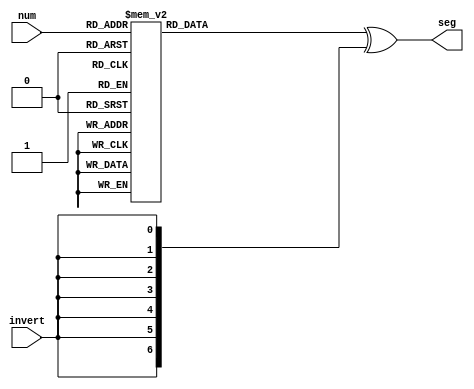
// converting a number (or letter) to a 7-segment code 
// Pmods need code to be inverted
module convert_7seg(num, seg, invert);
    input [4:0] num;
    reg [6:0] code;
    output reg [6:0] seg;
    input invert;
    always @(*)
        begin
            case (num)
                0: code = 7'b0000001; 
                1: code = 7'b1001111;
                2: code = 7'b0010010;
                3: code = 7'b0000110;
                4: code = 7'b1001100;
                5: code = 7'b0100100;
                6: code = 7'b0100000;
                7: code = 7'b0001111;
                8: code = 7'b0000000;
                9: code = 7'b0000100;
                10: code = 7'b1000111; //J
                12: code = 7'b1111000; // K (first digit, looks like ?)
                13: code = 7'b0001000; // A 
                15: code = 7'b1111001; // I (looks like 1 but on left side)
                16: code = 7'b1001000; // H
                17: code = 7'b0110000; // E
                18: code = 7'b0110001; // C
                20: code = 7'b0100100; // S
                21: code = 7'b0011000; // P
                22: code = 7'b1110111; // Q (second digit, looks like _)
                23: code = 7'b0110111; // K (second digit, looks like =)
                default: code = 7'b1111111; //blank
             endcase
             // this line written by chatGPT
             // https://chatgpt.com/c/b16b53d4-5bc2-4f21-b8b6-15c348a8dcbf
             seg = code ^ {7{invert}};
        end
endmodule